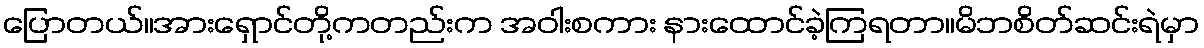
ပြောတယ်။အားရှောင်တို့ကတည်းက အဝါးစကား နားထောင်ခဲ့ကြရတာ။မိဘစိတ်ဆင်းရဲမှာ